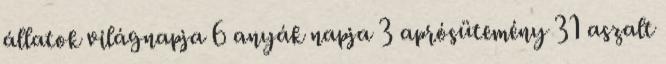
állatok világnapja 6 anyák napja 3 aprósütemény 31 aszalt